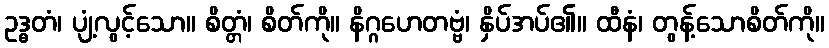
ဥဒ္ဓတံ၊ ပျံ့လွင့်သော။ စိတ္တံ၊ စိတ်ကို။ နိဂ္ဂဟေတဗ္ဗံ၊ နှိပ်အပ်၏။ ထီနံ၊ တွန့်သောစိတ်ကို။